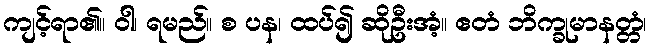
ကျင့်ရာ၏။ ဝါ၊ ရမည်။ စ ပန၊ ထပ်၍ ဆိုဦးအံ့။ ဧတံ ဘိက္ခုမာနတ္တံ၊